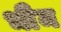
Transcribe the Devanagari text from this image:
भीेम